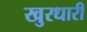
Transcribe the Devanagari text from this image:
खुरधारी